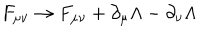
LaTeX: F _ { \mu \nu } \rightarrow F _ { \mu \nu } + \partial _ { \mu } \Lambda - \partial _ { \nu } \Lambda \quad